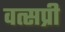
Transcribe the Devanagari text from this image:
वत्सप्री